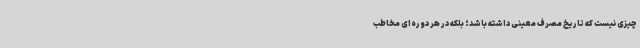
چیزی نیست که تاریخ مصرف معینی داشته باشد؛ بلکه در هر دوره‌ای مخاطب